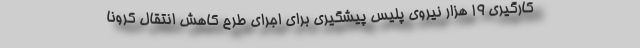
کارگیری ۱۹ هزار نیروی پلیس پیشگیری برای اجرای طرح کاهش انتقال کرونا